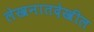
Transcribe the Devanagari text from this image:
लेखनातदेखील